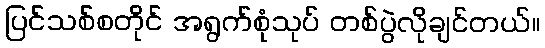
ပြင်သစ်စတိုင် အရွက်စုံသုပ် တစ်ပွဲလိုချင်တယ်။